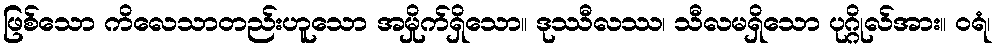
ဖြစ်သော ကိလေသာတည်းဟူသော အမှိုက်ရှိသော။ ဒုဿီလဿ၊ သီလမရှိသော ပုဂ္ဂိုလ်အား။ ဝရံ၊